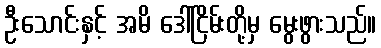
ဦးသောင်းနှင့် အမိ ဒေါ်ငြိမ်းတို့မှ မွေးဖွားသည်။